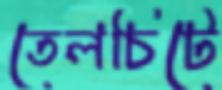
তেলচিটে